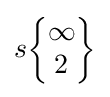
s{\begin{Bmatrix}\infty \\2\end{Bmatrix}}